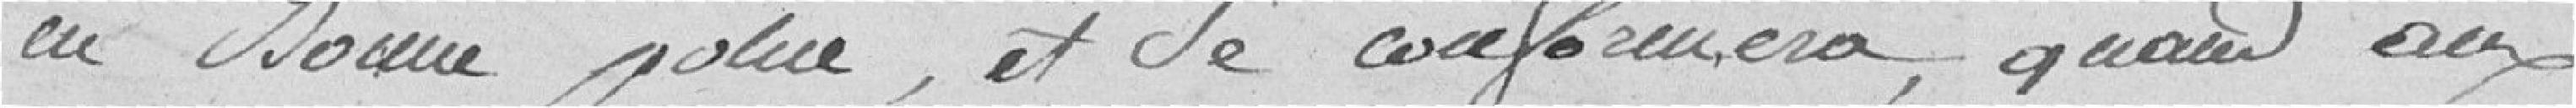
en bonne police et se conformera, quant aux